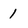
Character: 1